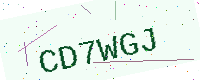
Text: CD7WGJ